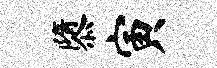
隳寅